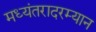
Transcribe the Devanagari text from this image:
मध्यंतरादरम्यान